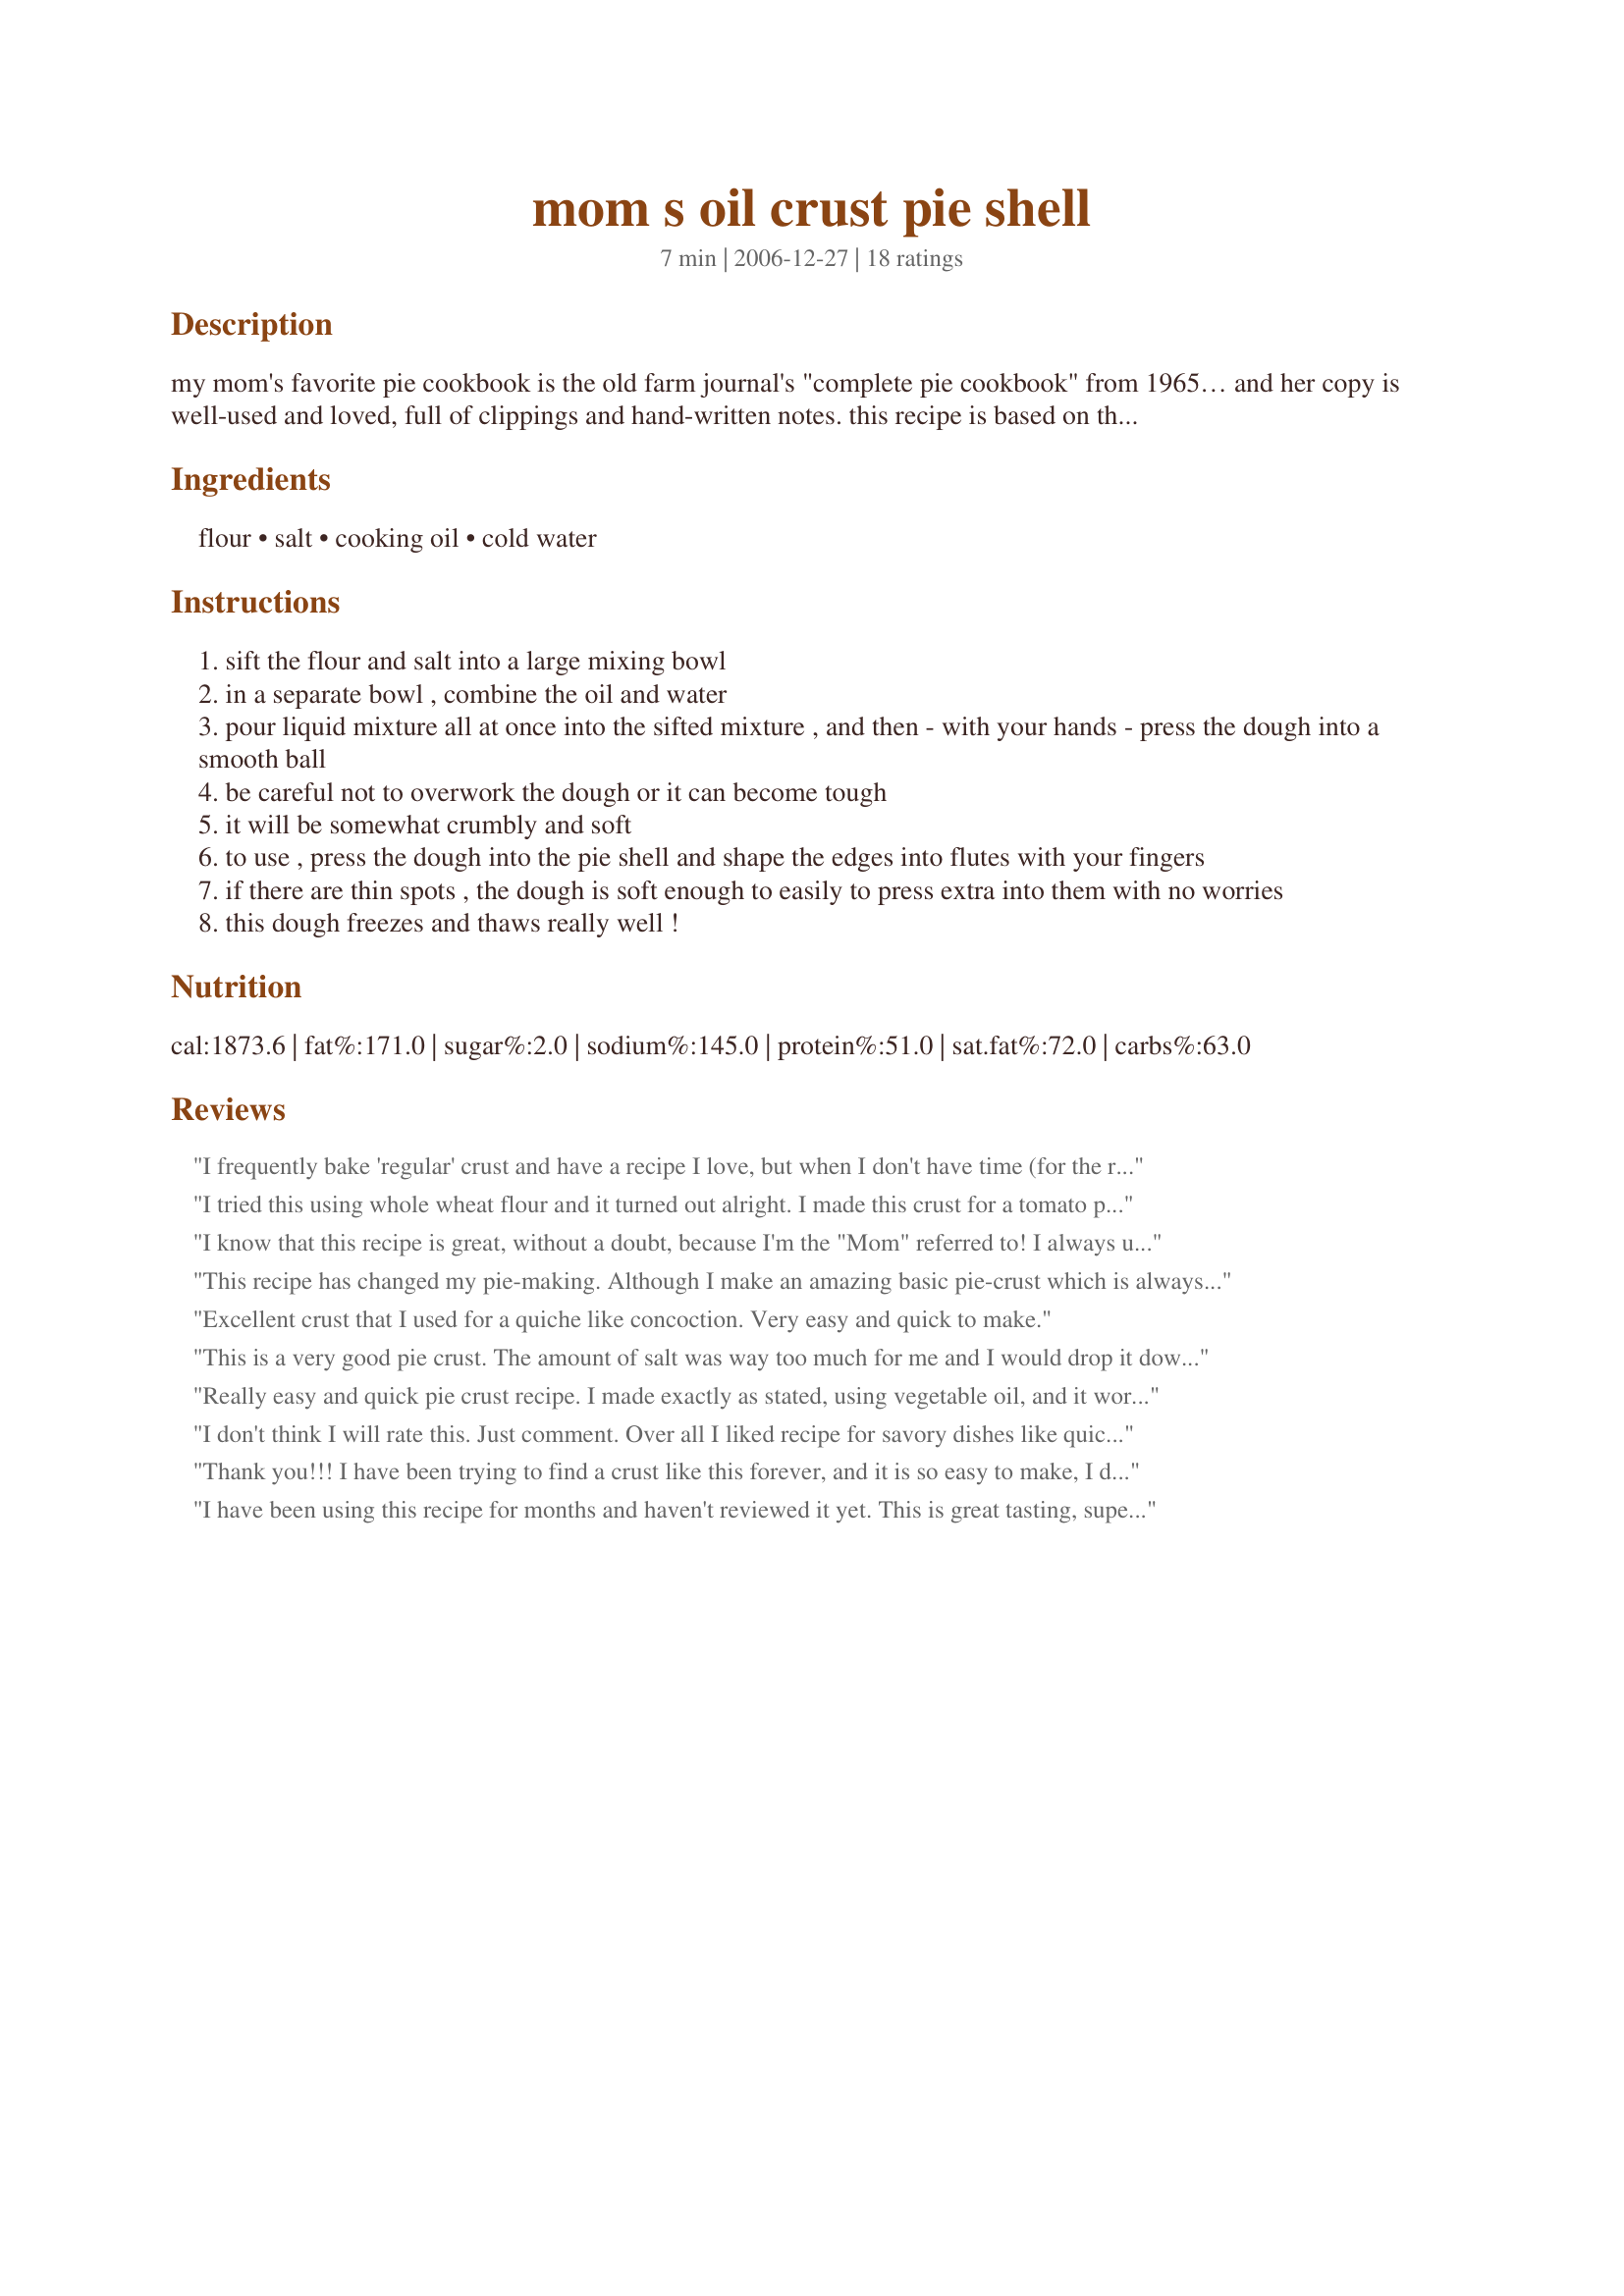
mom s oil crust pie shell
Preparation time: 7 minutes

my mom's favorite pie cookbook is the old farm journal's "complete pie cookbook" from 1965… and her copy is well-used and loved, full of clippings and hand-written notes. this recipe is based on the one from there, with modifications to her taste. it works really well for all sorts of pies, especially her quiche lorraine (see my other recipes) and pumpkin. simple and flaky! makes one 9-inch pie shell with a little left over… mom takes the leftover and makes it into little snack crackers. :) my sister claims she doesn't like oil crust, but she never knows the difference when mom uses them in her pies.

Ingredients:
flour, salt, cooking oil, cold water

Steps:
sift the flour and salt into a large mixing bowl
in a separate bowl , combine the oil and water
pour liquid mixture all at once into the sifted mixture , and then - with your hands - press the dough into a smooth ball
be careful not to overwork the dough or it can become tough
it will be somewhat crumbly and soft
to use , press the dough into the pie shell and shape the edges into flutes with your fingers
if there are thin spots , the dough is soft enough to easily to press extra into them with no worries
this dough freezes and thaws really well !

Reviews:
I frequently bake 'regular' crust and have a recipe I love, but when I don't have time (for the rolling or the mess) I love to use an oil crust mixed right in the pan. It's great for a simple fruit pie or tart with a T of sugar added to the flour, or a meaty pie made with Olive oil. I'm making a pumpkin one tonight with Canola. I agree with your mom that cold (or even iced) WATER is the way to go - it makes a much flakier crust. I will add to your recipe that this makes more than enough for a Deep dish pie, and the water measurement should be 3 to 4 Tablespoons, sometimes a little more, depending on how wet or dry your flour may be. Anyone thinking of making this crust will not be disappointed - it works well and tastes great!
I tried this using whole wheat flour and it turned out alright. I made this crust for a tomato pie and I thought it was a little tough. I might recommend not using 100% whole wheat, maybe a combo with white flour would work better. Easy and quick to make though. Thanks for posting.
I know that this recipe is great, without a doubt, because I'm the "Mom" referred to! I always use this pie crust, and it's easy to put together and tastes good, too.
This recipe has changed my pie-making. Although I make an amazing basic pie-crust which is always commented on, I no longer have the time or patience except once a year or so to go through the labor of making the crust for pies. I tried this one because it is so fast so easy and best of all no cleanup; but the surprise was how it held it's own in the taste/texture department.

Not a highly structured crust, but very tasty and flaky. I have used it for an onion tart, a pumpkin pie and it was equally good. Will use this again and again.
Excellent crust that I used for a quiche like concoction. Very easy and quick to make.
This is a very good pie crust. The amount of salt was way too much for me and I would drop it down to 1/2 but no more than 1 tsp. I made the crust for pumpkin pie and aside from it being too salty, it was a great crust. It is super easy to make and very eay to work with. <br/>I actually made the crust right in the pie plate, didn't use any cooking spray and the pie slices slid ou with ease. I am an avid pie baker and this is the trick with pie crust. The crust itself was perfect.<br/>I will definitely make this again. Regardless if I am making a dessert pie, a quiche or a pot pie, I will cut down on the salt. <br/>Highly recommend this crust.
Really easy and quick pie crust recipe. I made exactly as stated, using vegetable oil, and it worked a treat.
Thanks for sharing.
I don't think I will rate this. Just comment. Over all I liked recipe for savory dishes like quiche but for a pie I will still go with a rolled out dough. I think rolled pie crusts are flakier. I make good pie crust just wanted something fast and easy which this is. Otherwise I would make quiche a lot less often. Since I would only use for savory recipes I would rate a three if I was rating. since I dont want to lower ratings I wount rate at all.
Thank you!!! I have been trying to find a crust like this forever, and it is so easy to make, I didn't know I could use oil, and it is just what I was looking for. Ttthhhaaannnkkksss!
I have been using this recipe for months and haven't reviewed it yet. This is great tasting, super easy pie crust. I never had success with roll-out crust, so this is great because you don't have to roll it. I use palm oil, but you could probably use coconut oil also (these oils get solid at cooler temps). Sometimes I'll add a tablespoon of sugar for sweet pies, but it is great either way. Thank you soo much for this recipe, I never used to be able to make pies, but now I can!!!
Nice crumbly crust that compliments any pie. I found the salt level to be perfect. I baked it at 375 F for 11 minutes and came out perfect though not quite golden brown.
I have never been able to make a decent piecrust until I found this recipe! Thank you, thank you!!
After all the wonderful reviews I decided to try this crust... And it came out delicious, really tasty and great consistence. I added a lil garlic powder because I was making a chicken pot pie and it was my best pie ever. Thanks!!!!!!!!
I don't know why this recipe has so few reviews...it's amazing. I didn't use it for pie (I don't like pie), but I used it for quiche. It was so flaky and scrumptious. I caught my brother opening the fridge to break off pieces of the crust :D
This recipe was cut in half to make a mini pie crust for this: Recipe #22022 (and I substituted homemade pearsauce for applesauce). Sunflower oil was tested, a food processor to prep the dough and the recipe required more water than indicated. Make for Help a Naked Recipe tag game.
This is a very quick and easy to make pie shell. Very flakey. Thanks for posting.
Super easy, delicious crust. The pie shell was crisp and flaky, and SO easy and quick. Mine did not cook in 11 minutes at 375...it still wasn't done after 20 minutes, so I turned my oven up to 400. Then it browned. By the way, directions didn't say whether or not to dock the crust before baking, but I did. (Dock=poke with fork all over bottom and sides to prevent shell from raising up from baking form.) I put water in the freezer for about 1/2 hour before measuring out my 4 T water from that. I also added 1 T sugar, since I was making a sweet Raspberry Cream Pie, Zaar #42831. Delicious! Oh, I used peanut oil, as it's healthier than canola or veg oil. I wouldn't hesitate to use olive oil for a savory pie, as others have suggested.
I actually used all of the dough in the 9" glass form, so that's probably why it took longer to bake, but I've always liked a slightly thicker crust and had plenty of dough to make a more generously decorated rim crust that resulted in no notable shrinkage...and it all held together beautifully when removing, even the first piece. You could use this in a 10" pie form, and it would probably be the perfect "standard" thickness. I don't think I'll buy those Pillsbury crusts anymore, this was more flavorful, looked prettier and is much cheaper to make. Thanks for a keeper!
I doubled the recipe for a two-crust pork pie. I used 3 cups all-purpose flour and 1 cup white wheat, and I used olive oil. The crust worked well for a savory pie -- not as flaky as my regular shortening crust, but it held up well in the meat pie. I measured the ingredients per the recipe and everything worked well, except next time I would halve the salt. I pressed the bottom crust into the pan (10" deep dish) and rolled the second half between sheets of wax paper for the top crust. I baked the pie for an hour or so at 350, and the crust was browned, but not overdone. Thank you for a quick and convenient crust recipe!
